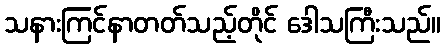
သနားကြင်နာတတ်သည့်တိုင် ဒေါသကြီးသည်။